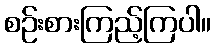
စဉ်းစားကြည့်ကြပါ။